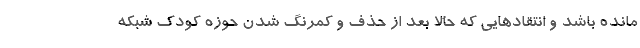
مانده باشد و انتقادهایی که حالا بعد از حذف و کمرنگ شدن حوزه کودک شبکه